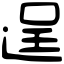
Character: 𢌥